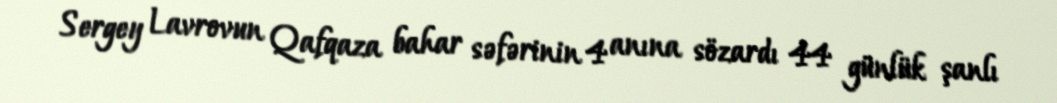
Sergey Lavrovun Qafqaza bahar səfərinin 4 anına sözardı 44 günlük şanlı